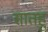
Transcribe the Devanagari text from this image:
सातहु